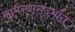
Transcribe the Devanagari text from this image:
सामन्यांसंदर्भात